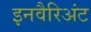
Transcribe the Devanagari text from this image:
इनवैरिअंट